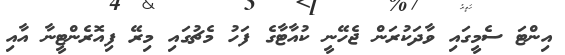
އިންޓަ ސެމީގައި ވާދަކުރަން ޖެހޭނީ ކުއާޓާގެ ފަހު މެޗުގައި މިރޭ ފިއޮރެންޓީނާ އާއި